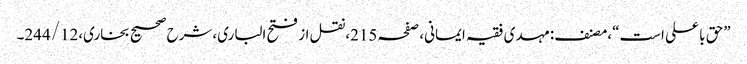
”حق با علی است“،مصنف:مہدی فقیہ ایمانی، صفحہ215،نقل از فتح الباری،شرح صحیح بخاری،244/12۔